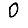
Digit: 0